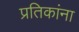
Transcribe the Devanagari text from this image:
प्रतिकांना